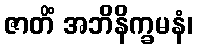
ဇာတိံ အဘိနိက္ခမနံ၊